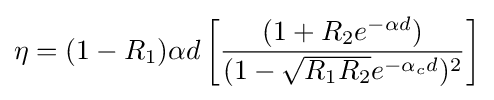
\eta =(1-R_{1})\alpha d\left[{\frac {(1+R_{2}e^{-\alpha d})}{(1-{\sqrt {R_{1}R_{2}}}e^{-\alpha _{c}d})^{2}}}\right]